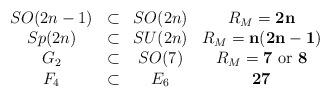
LaTeX: \begin{align*}\begin{array}{ccccc} & SO(2n-1) & \subset & SO(2n) & R_M={\bf 2n}\\ & Sp(2n) & \subset & SU(2n) & R_M={\bf n (2n-1)}\\ & G_2 & \subset & SO(7) & R_M={\bf 7} {\rm \ or\ } {\bf 8}\\ & F_4 & \subset & E_6 & {\bf 27}\end{array}\end{align*}